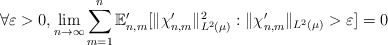
\begin{align*} \forall \varepsilon > 0, \lim_{n \to \infty} \sum_{m=1}^n \mathbb{E}_{n,m}' [ \|\chi_{n,m}' \|_{L^2(\mu)}^2 : \|\chi_{n,m}' \|_{L^2( \mu)} > \varepsilon ] = 0 \end{align*}